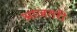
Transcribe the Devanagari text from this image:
आजतरी